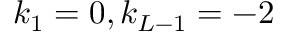
k _ { 1 } = 0 , k _ { L - 1 } = - 2